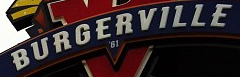
BURGERVILLE